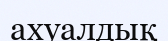
ахуалдық